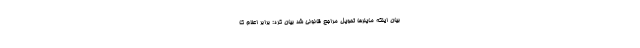
بیان اینکه ماینرها تحویل مراجع قانونی شد بیان کرد: برابر اعلام کا